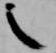
之